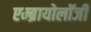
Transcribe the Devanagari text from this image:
एम्ब्रायोलॉजी